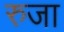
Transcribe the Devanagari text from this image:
रुजा